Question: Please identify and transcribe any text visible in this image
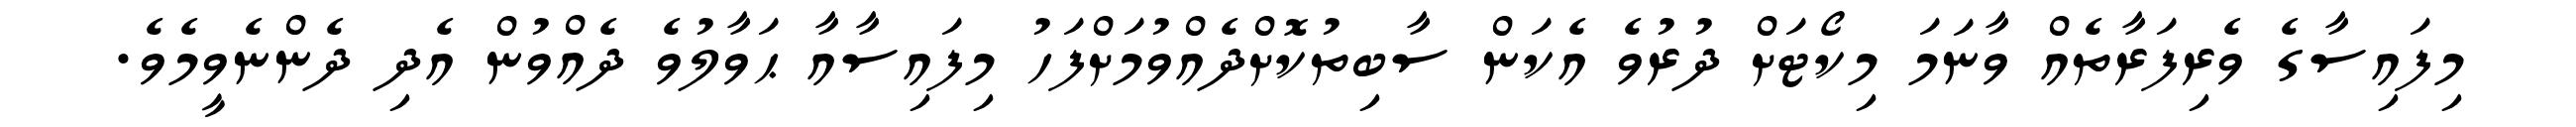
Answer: މިފައިސާގެ ވެރިފަރާތެއް ވާނަމަ މިކޯޓަށް ދުރުވެ އެކަން ސާބިތުކޮށްދެއްވުމަށްފަހު މިފައިސާއާ ޙަވާލުވެ ދެއްވުން އެދި ދެންނެވީމެވެ.